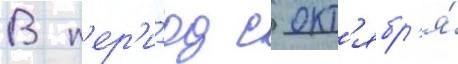
В п'ер'и́од с окт'ябр'я́